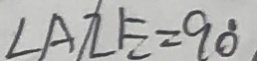
\angle A Z E = 9 0 ^ { \circ }